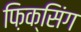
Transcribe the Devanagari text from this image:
फ़िक्सिंग